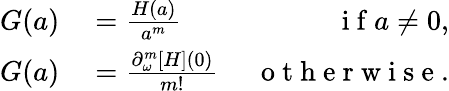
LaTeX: \begin{array}{r}{\begin{array}{rlr}{G(a)}&{{}=\frac{H(a)}{a^{m}}~}&{\mathrm{~i~f~}a\neq 0,}\\ {G(a)}&{{}=\frac{\partial_{\omega}^{m}[H](0)}{m!}~}&{\mathrm{~o~t~h~e~r~w~i~s~e~}.}\end{array}}\end{array}